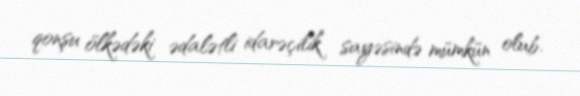
qonşu ölkədəki ədalətli idarəçilik sayəsində mümkün olub.